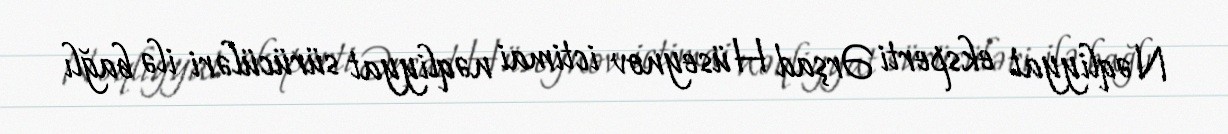
Nəqliyyat eksperti Ərşad Hüseynov ictimai nəqliyyat sürücüləri ilə bağlı